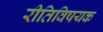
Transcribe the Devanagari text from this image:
रीतिविषयक